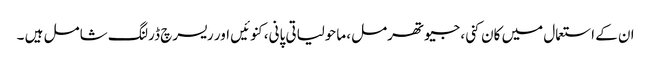
ان کے استعمال میں کان کنی، جیوتھرمل، ماحولیاتی پانی، کنوئیں اور ریسرچ ڈرلنگ شامل ہیں ۔